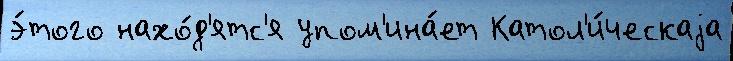
э́того нахо́д'ятс'я упом'ина́ет Катол'и́ческаjа